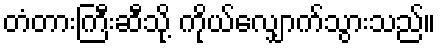
တံတားကြီးဆီသို့ ကိုယ်လျှောက်သွားသည်။